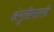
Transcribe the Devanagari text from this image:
अंगुलीमालची